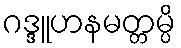
ဂဒ္ဒူဟနမတ္တမ္ပိ